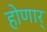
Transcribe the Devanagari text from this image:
होणार्